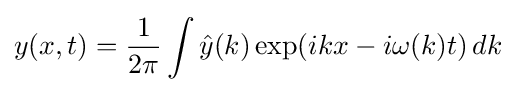
y(x,t)={\frac {1}{2\pi }}\int {\hat {y}}(k)\exp(ikx-i\omega (k)t)\,dk